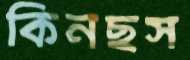
কিনছস